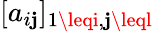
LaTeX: [a_{i\mathbf{j}}]_{1\leqi,\mathbf{j}\leql}